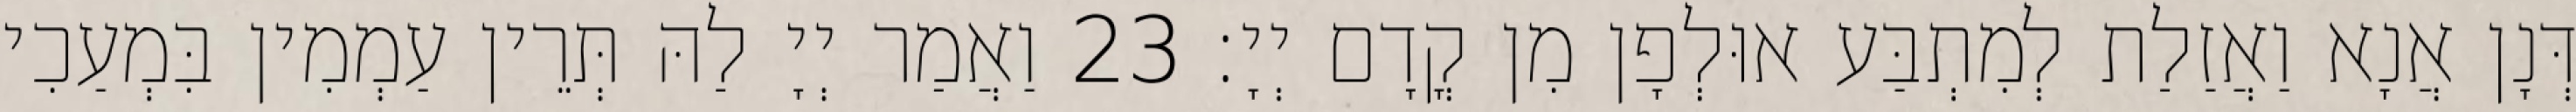
דְּנָן אֲנָא וַאֲזַלַת לְמִתְבַּע אוּלְפָן מִן קֳדָם יְיָ׃ 23 וַאֲמַר יְיָ לַהּ תְּרֵין עַמְמִין בִּמְעַכִי